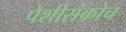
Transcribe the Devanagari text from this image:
पेशीसंकोच